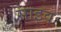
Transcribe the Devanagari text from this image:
साइव